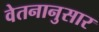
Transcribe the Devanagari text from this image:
वेतनानुसार